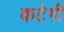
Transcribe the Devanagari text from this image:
कटेगी